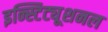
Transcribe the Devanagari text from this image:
इन्स्टिट्यूशनल